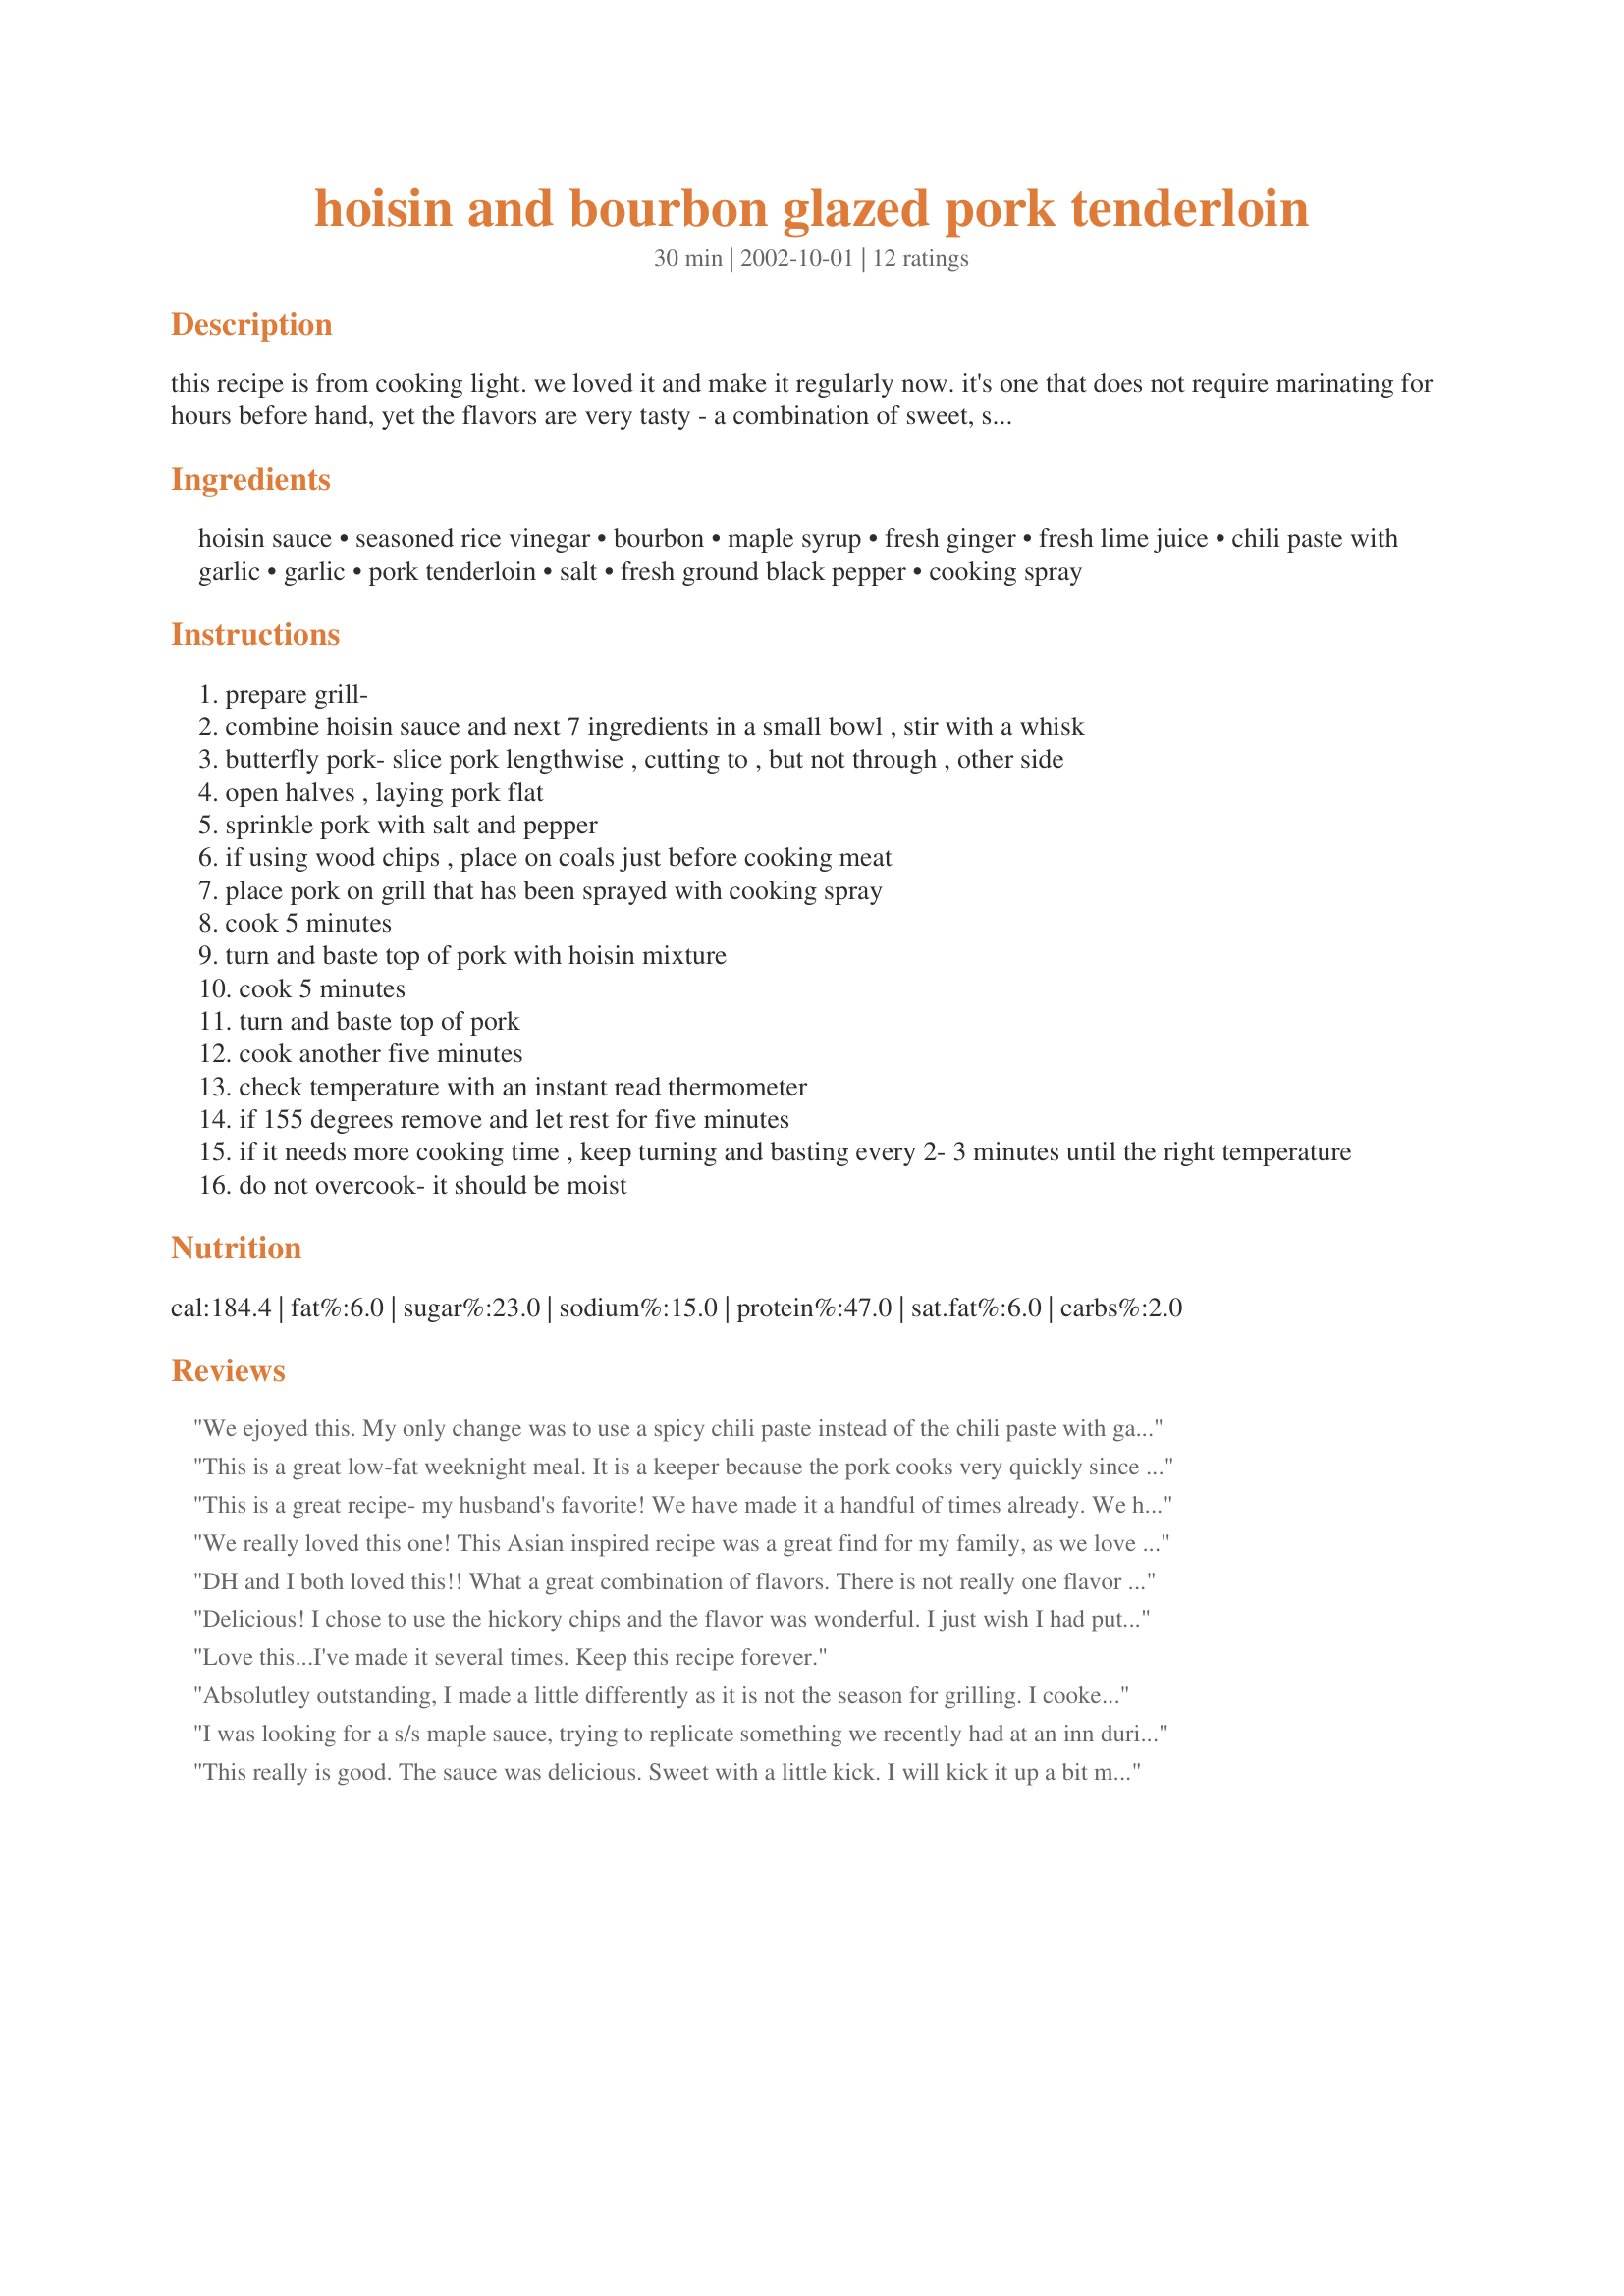
hoisin and bourbon glazed pork tenderloin
Preparation time: 30 minutes

this recipe is from cooking light. we loved it and make it regularly now. it's one that does not require marinating for hours before hand, yet the flavors are very tasty - a combination of sweet, sour, salty, and spicy. the prep time does not include time to get the grill ready.

Ingredients:
hoisin sauce, seasoned rice vinegar, bourbon, maple syrup, fresh ginger, fresh lime juice, chili paste with garlic, garlic, pork tenderloin, salt, fresh ground black pepper, cooking spray

Steps:
prepare grill-
combine hoisin sauce and next 7 ingredients in a small bowl , stir with a whisk
butterfly pork- slice pork lengthwise , cutting to , but not through , other side
open halves , laying pork flat
sprinkle pork with salt and pepper
if using wood chips , place on coals just before cooking meat
place pork on grill that has been sprayed with cooking spray
cook 5 minutes
turn and baste top of pork with hoisin mixture
cook 5 minutes
turn and baste top of pork
cook another five minutes
check temperature with an instant read thermometer
if 155 degrees remove and let rest for five minutes
if it needs more cooking time , keep turning and basting every 2- 3 minutes until the right temperature
do not overcook- it should be moist

Reviews:
We ejoyed this. My only change was to use a spicy chili paste instead of the chili paste with garlic. Very nice, easy. Well balanced. Thanks for sharing!
This is a great low-fat weeknight meal. It is a keeper because the pork cooks very quickly since it is butterflied and the glaze gives the pork a nice boost. For our tastes I will add more lime juice and a little honey next time along with more of the chili-garlic paste. It needed just a little something extra in our opinion and I think with those additions it will add what some of the additional flavor that we felt it needed. Thanks for sharing and easy and tasty recipe!
This is a great recipe- my husband's favorite! We have made it a handful of times already. 

We have also used the sauce on many more things- we just ate it on beef kabobs and shrimp last night. My husband even added a little to some mushrooms I was sauting in butter- Oh- that was YUMMY!
We really loved this one! This Asian inspired recipe was a great find for my family, as we love dishes like this!
DH and I both loved this!! What a great combination of flavors. There is not really one flavor that really stands out, but it all blends together into a wonderful sauce. I used 1 tsp of the chili paste with garlic to give it a little extra kick, lol. This is a keeper. Thanks Nan!!! Made for the Babes of ZWT4.
Delicious! I chose to use the hickory chips and the flavor was wonderful. I just wish I had put aside some of the sauce for serving! Made for Culinary Quest Summer 2014. Thanks for sharing!
Love this...I've made it several times. Keep this recipe forever.
Absolutley outstanding, I made a little differently as it is not the season for grilling. I cooked the pork whole not butterflied in the oven, sliced into thick slices and served over vegetable fried rice. The pork was still moist juicy and tender. The marinade was really full of flavour, I brought the left over marinade to a boil and drizzled it over the pork in the end. Everybody loved it and we all agreed definitely worthy of 5 stars. A for sure keeper thanks for sharing.
I was looking for a s/s maple sauce, trying to replicate something we recently had at an inn during maple sugar season. I cooked this a bit differently, I cubed the tenderloin & browned it, then added the sauce & some carrots. When the carrots were tender-crisp, I added cornstarch to thicken the sauce. Served with rice. After the changes, it probably only served 3-4 (I used 1/2 the pork). The taste was right! The sauce was a hit, and we are looking forward to barbeque-ing ribs with it. It is a nice combo of sweet & spicy, although I will be adding a bit more 'sour' to it next time. Thanks for the great recipe!
This really is good. The sauce was delicious. Sweet with a little kick. I will kick it up a bit more next time, and there will be a next time. Thank you for sharing!
Loved this pork dish, made it using the grill pan on the top of the stove and it turned out fine. The only thing I did not use according to the recipe was the seasoned rice vinegar. Did not know or I had to add salt and pepper to it, I used just the plain rice vinegar.
This was a big hit with me and my family. The meat was juicy, tender, and well seasoned. There was quite a bit of bastiing sauce left. I heated it just to a bubble on the stove and served it as a dipping sauce. The sweet tangy flavor was very nice. Thanks, PanNan.
